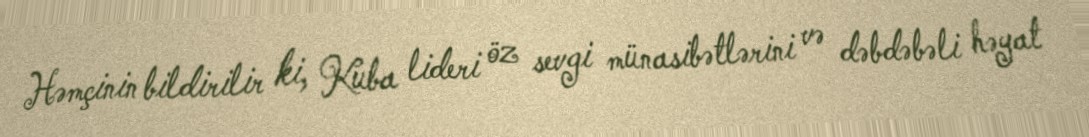
Həmçinin bildirilir ki, Kuba lideri öz sevgi münasibətlərini və dəbdəbəli həyat